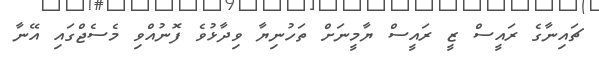
ޗައިނާގެ ރައީސް ޒީ ރައީސް ޔާމީނަށް ތަހުނިޔާ ވިދާޅުވެ ފޮނުއްވި މެސެޖްގައި އޭނާ